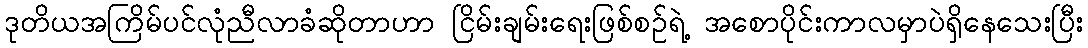
ဒုတိယအကြိမ်ပင်လုံညီလာခံဆိုတာဟာ ငြိမ်းချမ်းရေးဖြစ်စဉ်ရဲ့ အစောပိုင်းကာလမှာပဲရှိနေသေးပြီး